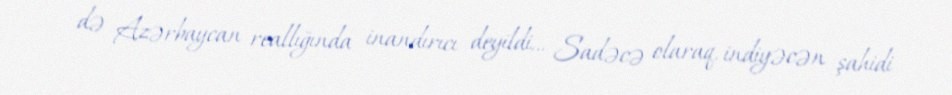
də Azərbaycan reallığında inandırıcı deyildi... Sadəcə olaraq, indiyəcən şahidi